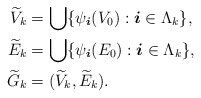
\begin{align*} \begin{aligned} \widetilde{V}_k &= \bigcup \{ \psi_{\boldsymbol{i}}(V_0) : \boldsymbol{i} \in \Lambda_k \}, \\\widetilde{E}_k &= \bigcup \{ \psi_{\boldsymbol{i}}(E_0 ) : \boldsymbol{i} \in \Lambda_k \},\\\widetilde{G}_k & = (\widetilde{V}_k, \widetilde{E}_k).\end{aligned} \end{align*}